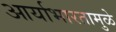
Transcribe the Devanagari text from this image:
आर्याभारतामुळे